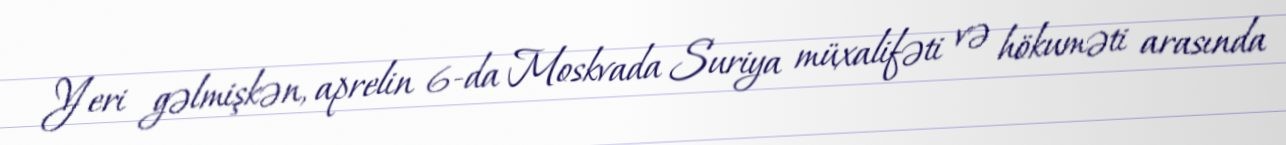
Yeri gəlmişkən, aprelin 6-da Moskvada Suriya müxalifəti və hökuməti arasında